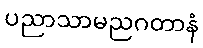
ပညာသာမညဂတာနံ